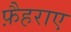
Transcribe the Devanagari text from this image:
फ़ैहराए